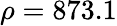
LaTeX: \rho=873.1